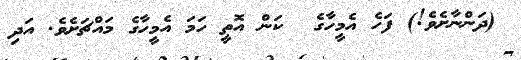
(ދަންނާށެވެ!) ފަހެ އެމީހާގެ  ކަން އޮތީ ހަމަ އެމީހާގެ މައްޗަށެވެ. އަދި